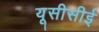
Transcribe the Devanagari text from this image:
यूसीसीई